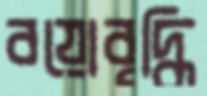
বয়োবৃদ্ধি